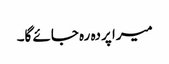
میرا پردہ رہ جائے گا۔